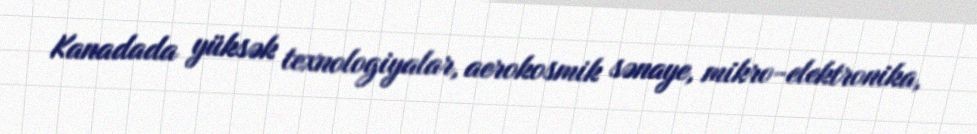
Kanadada yüksək texnologiyalar, aerokosmik sənaye, mikro-elektronika,